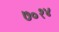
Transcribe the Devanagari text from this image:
७०१४